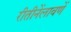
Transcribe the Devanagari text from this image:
रीतीनेंलावणें